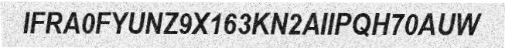
IFRA0FYUNZ9X163KN2AIIPQH70AUW